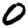
Digit: 0